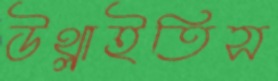
উথ্‌লাইতিস